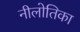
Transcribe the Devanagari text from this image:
नीलोतिका